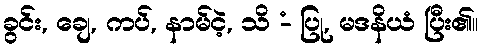
ခွင်း, ချေ, ကပ်, နာမ်ငဲ့, သိ -ံ ပြု, မဒနိယံ ပြီး၏။